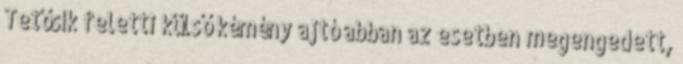
Tetősík feletti külső kémény ajtó abban az esetben megengedett,